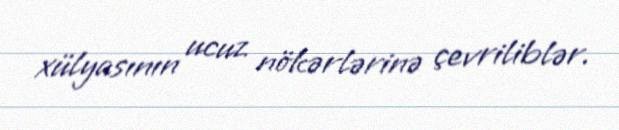
xülyasının ucuz nökərlərinə çevriliblər.